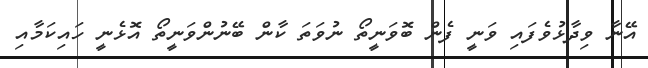
އޭނާ ވިދާޅުވެފައި ވަނީ ފެން ބޮވަނީތޯ ނުވަތަ ކާން ބޭނުންވަނީތޯ އޮޅެނީ ހައިކަމާއި